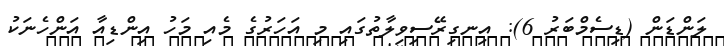
ލަންޑަން (ޑިސެމްބަރު 6): އިނގިރޭސިވިލާތުގައި މި އަހަރުގެ މެއި މަހު އިންޑިއާ އަންހެނަކު